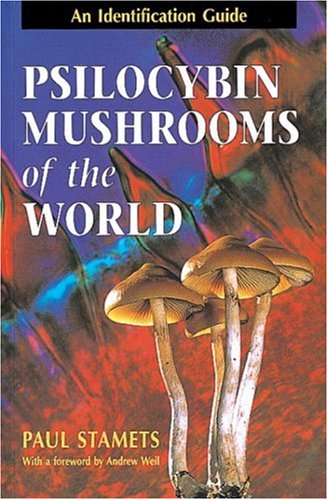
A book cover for Psilocybin Mushrooms of the World: An Identification Guide; Paul Stamets; Medical Books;